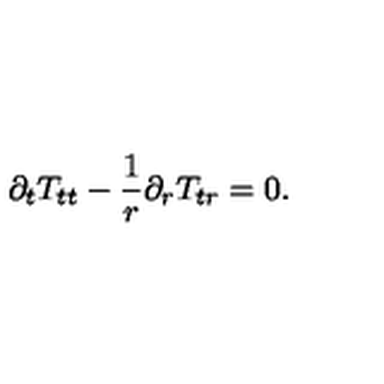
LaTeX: \partial _ { t } T _ { t t } - \frac { 1 } { r } \partial _ { r } T _ { t r } = 0 .